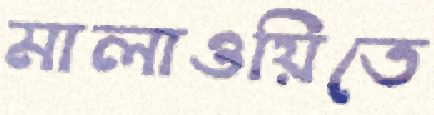
মালাওয়িতে